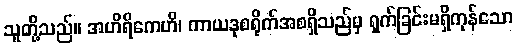
သူတို့သည်။ အဟိရိကေဟိ၊ ကာယဒုစရိုက်အစရှိသည်မှ ရှက်ခြင်းမရှိကုန်သော